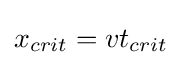
x_{crit}=vt_{crit}